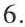
6.